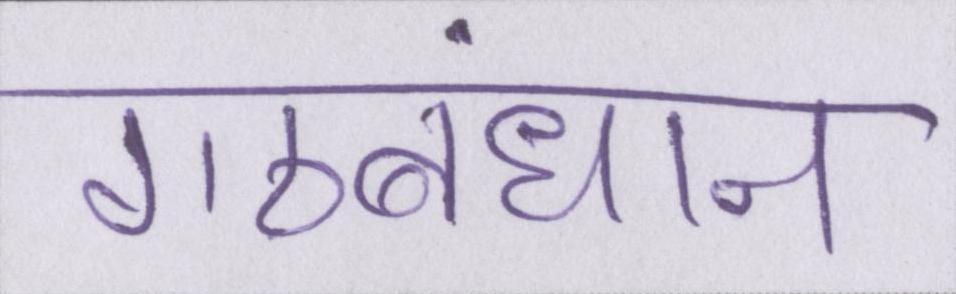
गठबंधान